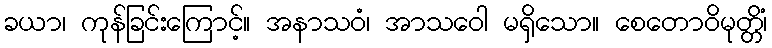
ခယာ၊ ကုန်ခြင်းကြောင့်။ အနာသဝံ၊ အာသဝေါ မရှိသော။ စေတောဝိမုတ္တိံ၊